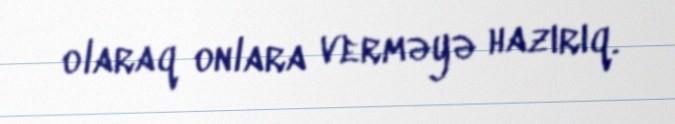
olaraq onlara verməyə hazırıq.